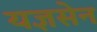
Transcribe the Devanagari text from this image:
यज्ञसेन